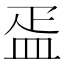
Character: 㿿